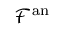
{ \mathcal { F } } ^ { \mathrm { a n } }